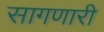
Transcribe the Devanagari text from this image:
सागणारी